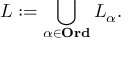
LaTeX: L : = \bigcup _ { \alpha \in \mathbf { O r d } } L _ { \alpha } .